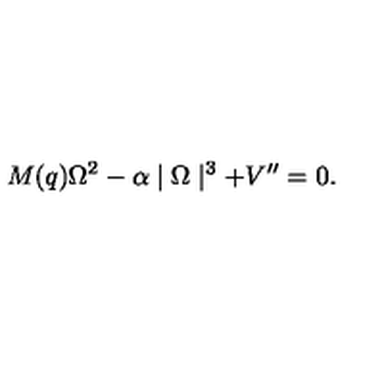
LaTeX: M ( q ) \Omega ^ { 2 } - \alpha \mid \Omega \mid ^ { 3 } + V ^ { \prime \prime } = 0 .